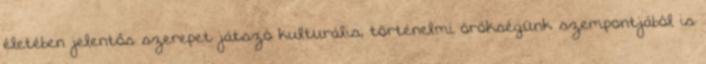
életében jelentős szerepet játszó kulturális, történelmi örökségünk szempontjából is